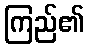
ကြည်၏